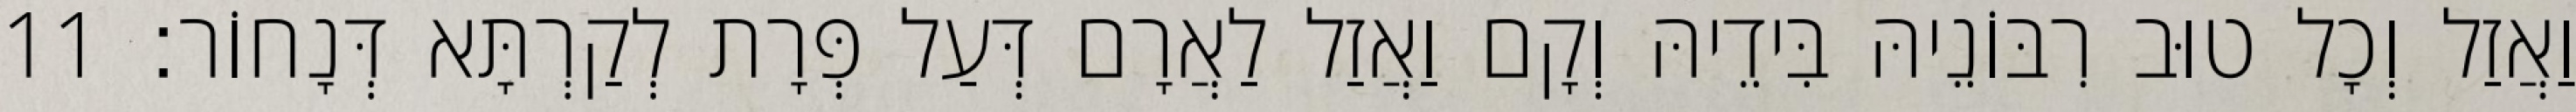
וַאֲזַל וְכָל טוּב רִבּוֹנֵיהּ בִּידֵיהּ וְקָם וַאֲזַל לַאֲרָם דְּעַל פְּרָת לְקַרְתָּא דְּנָחוֹר׃ 11